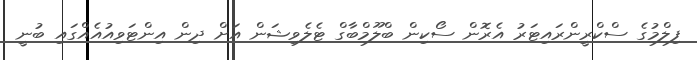
ފިލްމުގެ ސްކްރީންރައިޓަރު އެރޮން ސޯކިން ބްލޫމްބާގް ޓެލެވިޝަން އަށް ދިން އިންޓަވިއުއެއްގައި ބުނީ